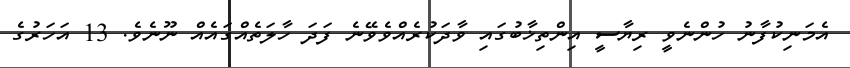
އެމަނިކުފާނު ހުންނެވީ ރިޔާސީ އިންތިޚާބުގައި ވާދަކުރެއްވެވޭނެ ފަދަ ހާލަތެއްގައެއް ނޫނެވެ. 13 އަހަރުގެ